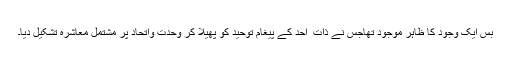
بس ایک وجود کا ظاہر موجود تھاجس نے ذات ِ احد کے پیغامِ توحید کو پھیلا کر وحدت واتحاد پر مشتمل معاشرہ تشکیل دیا۔